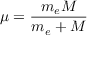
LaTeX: \mu = { \frac { m _ { e } M } { m _ { e } + M } } \,